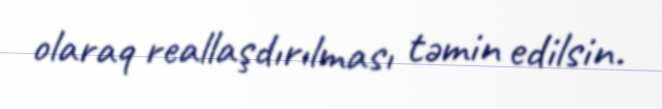
olaraq reallaşdırılması təmin edilsin.